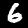
Digit: 6